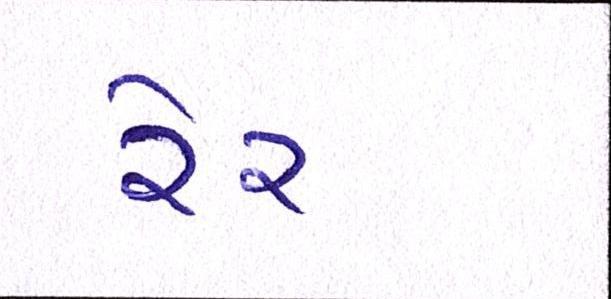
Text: રેર